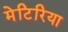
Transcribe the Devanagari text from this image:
मेटिरिया